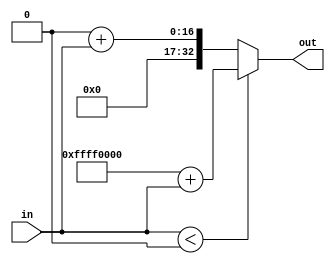
`timescale 1ns / 1ps
//////////////////////////////////////////////////////////////////////////////////
// Company: 
// Engineer: 
// 
// Design Name: 
// Module Name: signextend
// Project Name: 
// Target Devices: 
// Tool Versions: 
// Description: 
// 
// Dependencies: 
// 
// Revision:
// Revision 0.01 - File Created
// Additional Comments:
// 
//////////////////////////////////////////////////////////////////////////////////


module signextend(in,out);
input [15:0]in;
output [32:0]out;
reg [32:0]out;
always @(*)begin
if (in<0) begin out=32'b11111111111111110000000000000000+in;end
else begin out=32'b00000000000000000000000000000000+in;end 
end
endmodule